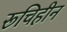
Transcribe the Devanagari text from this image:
रूचिहीन